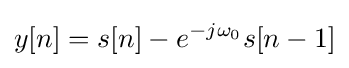
y[n]=s[n]-e^{-j\omega _{0}}s[n-1]